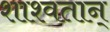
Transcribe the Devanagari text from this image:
शाश्वतान्